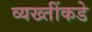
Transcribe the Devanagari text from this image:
व्यख्तींकडे